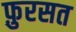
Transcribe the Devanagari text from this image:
फ़ुरसत